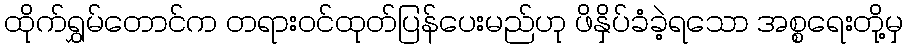
ထိုက်ရွှမ်တောင်က တရားဝင်ထုတ်ပြန်ပေးမည်ဟု ဖိနှိပ်ခံခဲ့ရသော အစ္စရေးတို့မှ